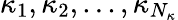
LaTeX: \kappa_{1},\kappa_{2},...,\kappa_{N_{\kappa}}